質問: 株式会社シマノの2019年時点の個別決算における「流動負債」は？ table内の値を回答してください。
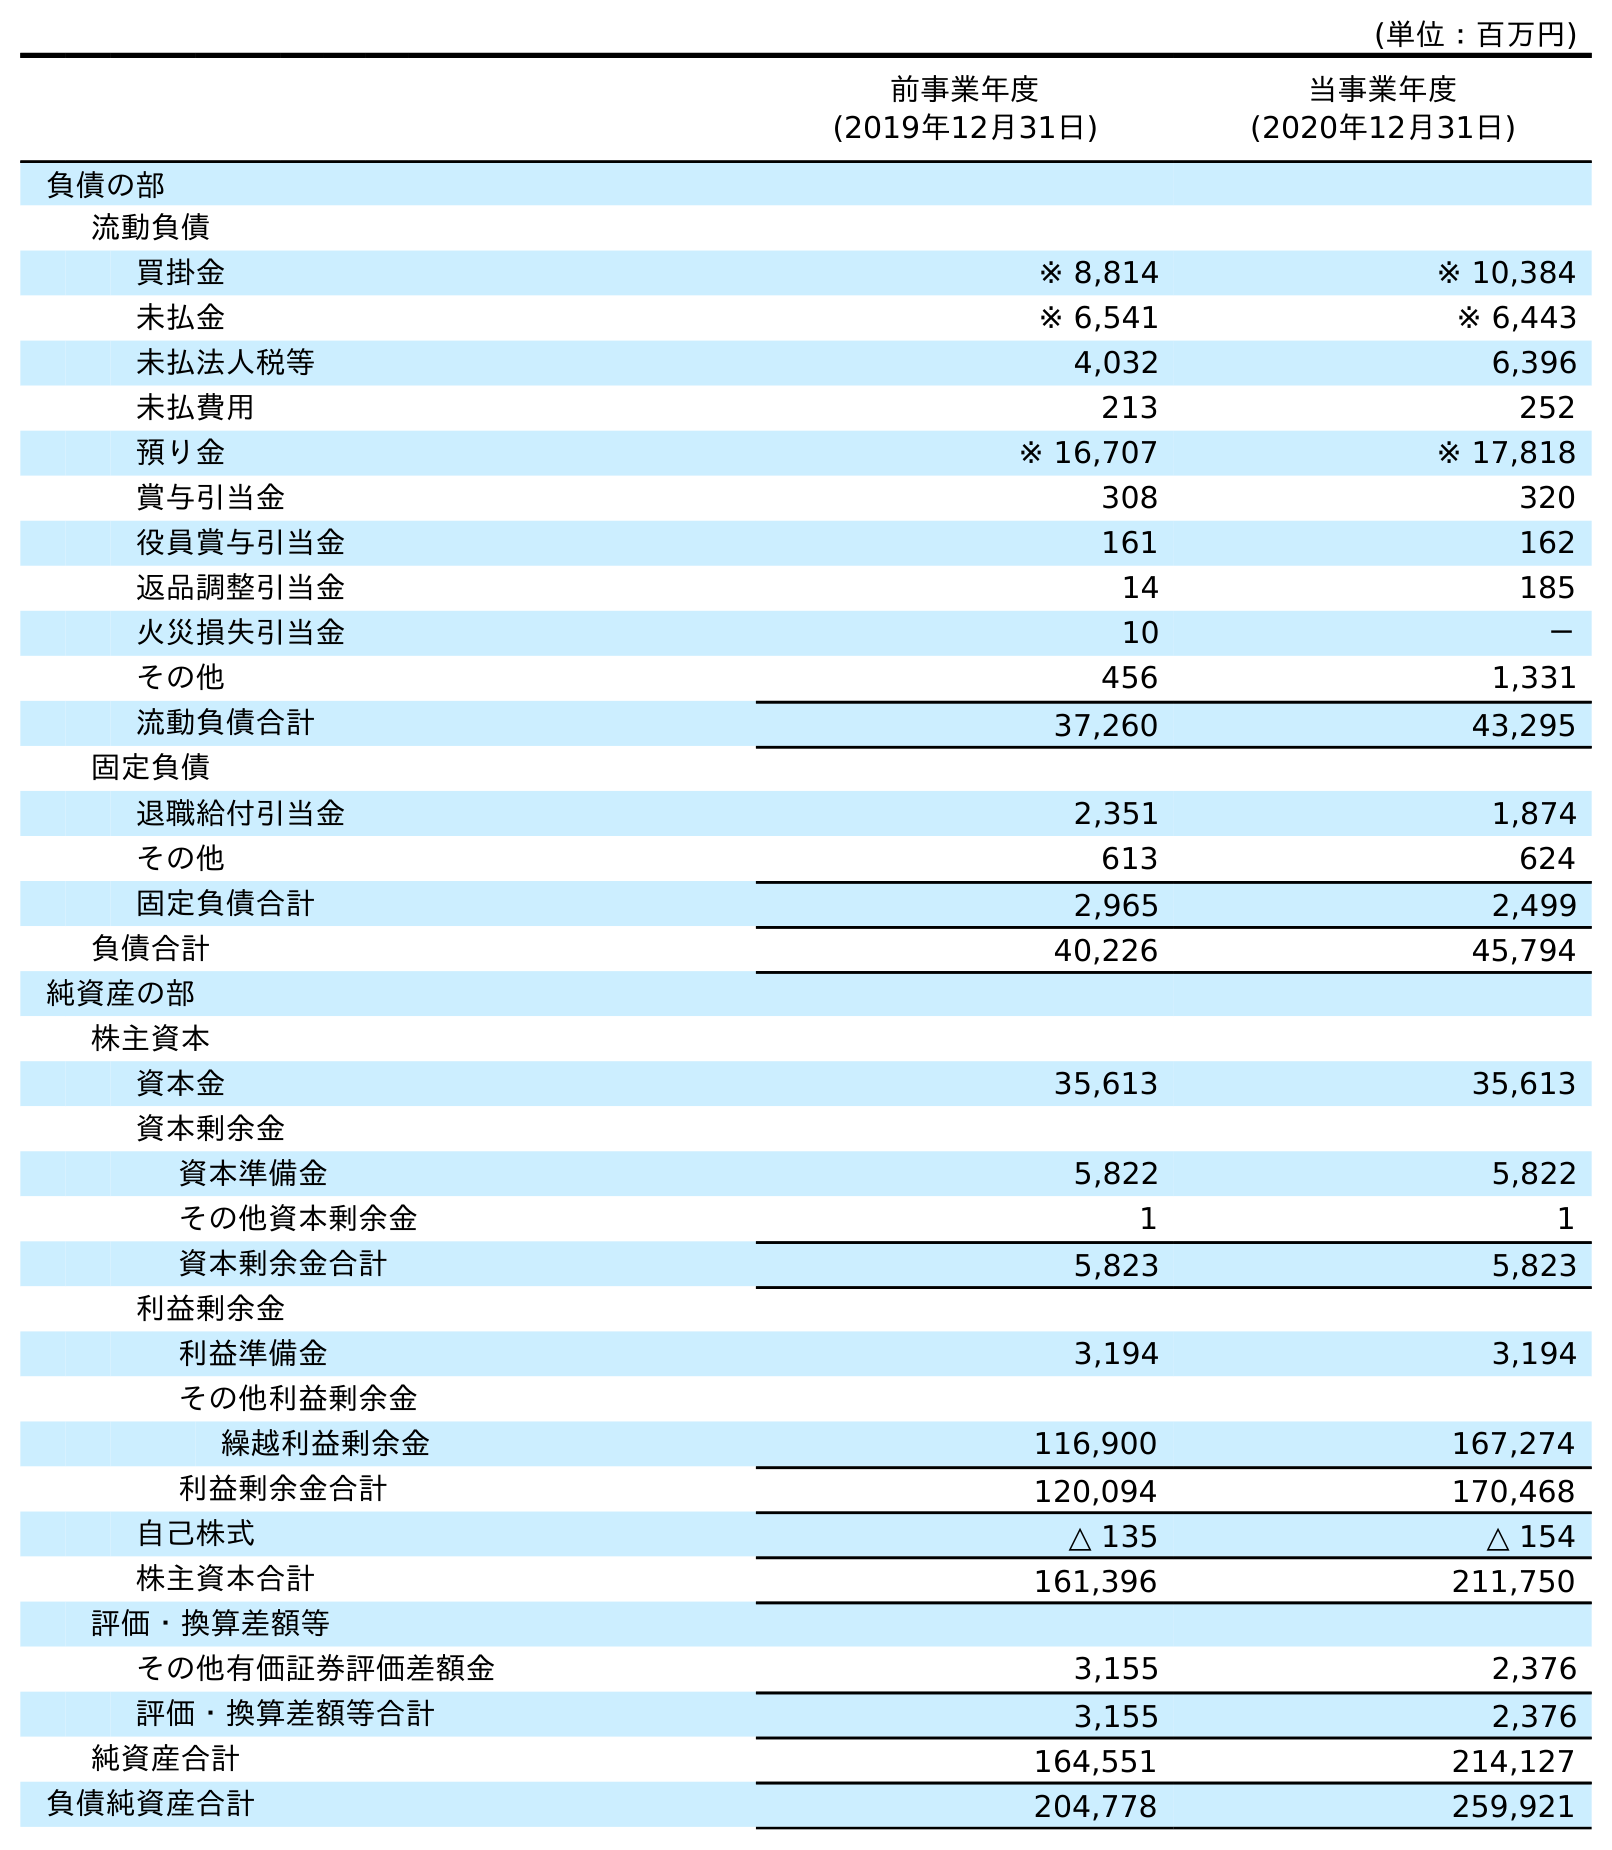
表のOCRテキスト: (単位：百万円) 前事業年度 (2019年12月31日) 当事業年度 (2020年12月31日) 負債の部 流動負債 買掛金 ※ 8,814 ※ 10,384 未払金 ※ 6,541 ※ 6,443 未払法人税等 4,032 6,396 未払費用 213 252 預り金 ※ 16,707 ※ 17,818 賞与引当金 308 320 役員賞与引当金 161 162 返品調整引当金 14 185 火災損失引当金 10 － その他 456 1,331 流動負債合計 37,260 43,295 固定負債 退職給付引当金 2,351 1,874 その他 613 624 固定負債合計 2,965 2,499 負債合計 40,226 45,794 純資産の部 株主資本 資本金 35,613 35,613 資本剰余金 資本準備金 5,822 5,822 その他資本剰余金 1 1 資本剰余金合計 5,823 5,823 利益剰余金 利益準備金 3,194 3,194 その他利益剰余金 繰越利益剰余金 116,900 167,274 利益剰余金合計 120,094 170,468 自己株式 △ 135 △ 154 株主資本合計 161,396 211,750 評価・換算差額等 その他有価証券評価差額金 3,155 2,376 評価・換算差額等合計 3,155 2,376 純資産合計 164,551 214,127 負債純資産合計 204,778 259,921
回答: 37,260